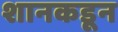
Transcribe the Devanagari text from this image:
शानकडून